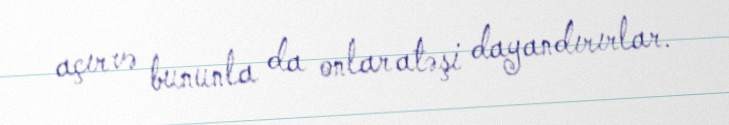
açır və bununla da onlar atəşi dayandırırlar.